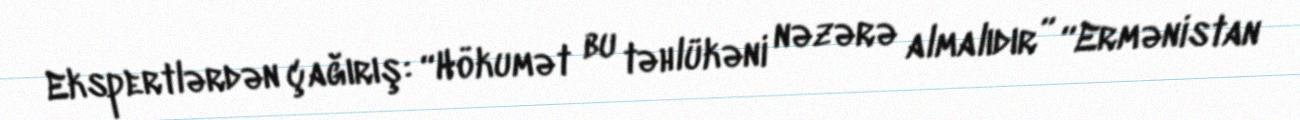
Ekspertlərdən çağırış: “Hökumət bu təhlükəni nəzərə almalıdır” “Ermənistan